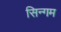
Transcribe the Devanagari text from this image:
सिन्गम